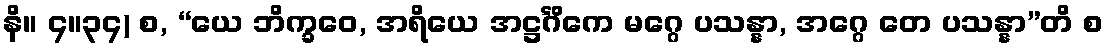
နိ။ ၄။၃၄) စ, “ယေ ဘိက္ခဝေ, အရိယေ အဋ္ဌင်္ဂိကေ မဂ္ဂေ ပသန္နာ, အဂ္ဂေ တေ ပသန္နာ”တိ စ